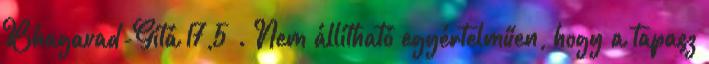
Bhagavad-Gítá 17,5 . Nem állítható egyértelműen, hogy a tapasz